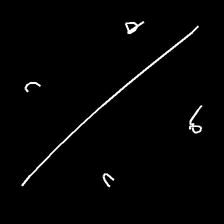
Glyph: cool